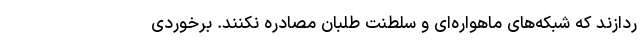
ردازند که شبکه‌های ماهواره‌ای و سلطنت طلبان مصادره نکنند. برخوردی